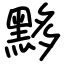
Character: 黟